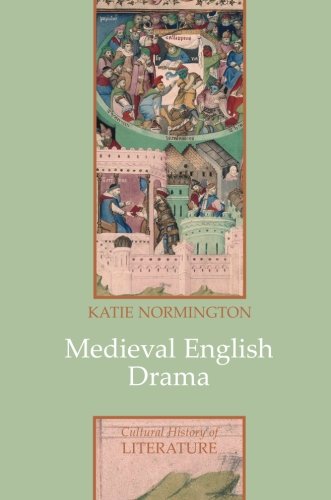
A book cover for Medieval English Drama; Katie Normington; Literature & Fiction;